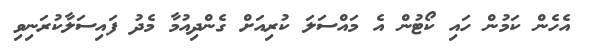
އެހެން ކަމުން ހައި ކޯޓުން އެ މައްސަލަ ކުރިއަށް ގެންދިއުމާ މެދު ފައިސަލާކުރަނިވި